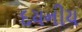
દયનીય